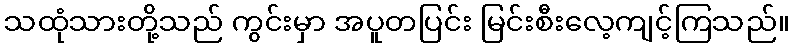
သထုံသားတို့သည် ကွင်းမှာ အပူတပြင်း မြင်းစီးလေ့ကျင့်ကြသည်။